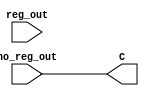
module mux_2x1_para_select #(
    parameter WIDTH = 4,
    parameter SELECT = 0
) (
    //0 = no reg --> A, 1 = reg --> B
    input [WIDTH - 1: 0] no_reg_out,reg_out,
    
    output [WIDTH - 1: 0]C
);
    assign C = (SELECT == 1)? reg_out: no_reg_out;
endmodule